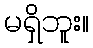
မရှိဘူး။